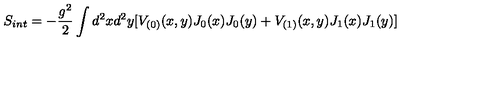
S _ { i n t } = - \frac { g ^ { 2 } } { 2 } \int d ^ { 2 } x d ^ { 2 } y [ V _ { ( 0 ) } ( x , y ) J _ { 0 } ( x ) J _ { 0 } ( y ) + V _ { ( 1 ) } ( x , y ) J _ { 1 } ( x ) J _ { 1 } ( y ) ]